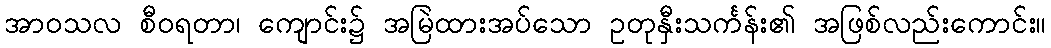
အာဝသလ စီဝရတာ၊ ကျောင်း၌ အမြဲထားအပ်သော ဥတုနှီးသင်္ကန်း၏ အဖြစ်လည်းကောင်း။